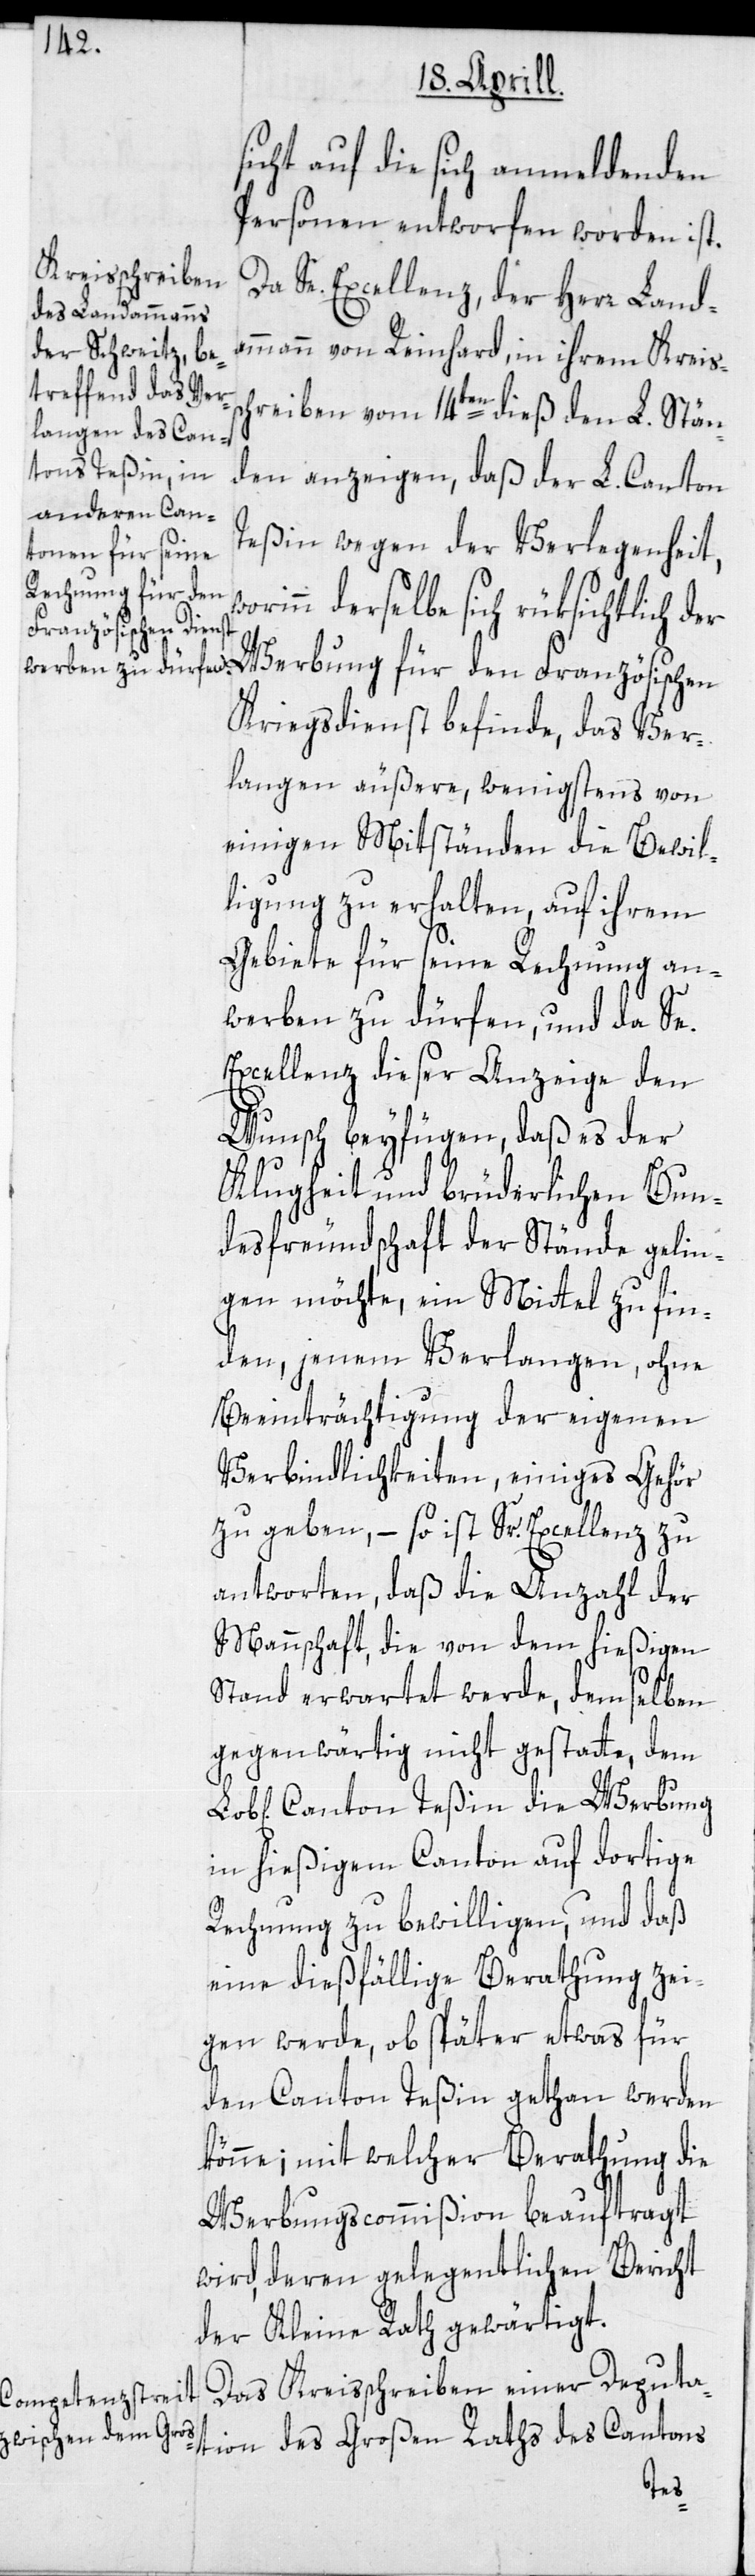
sicht auf die sich anmeldenden
Personen entworfen worden ist.
Se. Excellenz, der Herr Landa¬
mmann von Reinhard, in ihrem Kreis¬
hreiben vom 14ten dieß den L. Stän¬
den anzeigen, daß der L. Canton
Teßin wegen der Verlegenheit,
rinn derselbe sich rüksichtlich der
Werbung für den Französischen
Kriegsdienst befinde, das Ver¬
langen äußere, wenigstens von
einigen Mitständen die Bewil¬
ligung zu erhalten, auf ihrem
Gebiete für seine Rechnung an¬
werben zu dürfen, und da Se.
Excellenz dieser Anzeige den
Wunsch beyfügen, daß es der
Klugheit und brüderlichen Bun¬
desfreundschaft der Stände gelin¬
gen möchte, ein Mittel zu fin¬
den, jenem Verlangen, ohne
Beeinträchtigung der eigenen
Verbindlichkeiten, einiges Gehör
zu geben, – so ist Sr. Excellenz zu
antworten, daß die Anzahl der
Mannschaft, die von dem hießigen
Stand erwartet werde, demselben
gegenwärtig nicht gestatte, dem
Canton Teßin die Werbung
in hießigem Canton auf dortige
Rechnung zu bewilligen, und daß
eine dießfällige Berathung zei¬
gen werde, ob später etwas für
den Canton Teßin gethan werden
könne; mit welcher Berathung die
Werbungscommißion beauftragt
wird, deren gelegentlichen Bericht
der Kleine Rath gewärtigt.
Das Kreisschreiben einer Deputa¬
tion des Großen Raths des Cantons
wo¬